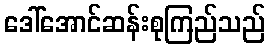
ဒေါ်အောင်ဆန်းစုကြည်သည်